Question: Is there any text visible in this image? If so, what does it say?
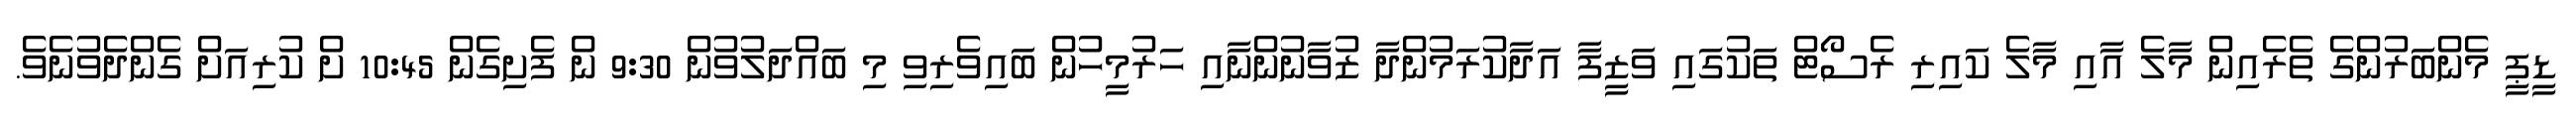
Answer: ޑީޕީ މެންބަރުންގެ ތެރެއިން މާލެ އާއި މާލެ ކައިރި ރެސޯޓް ތަކުގައި ވަޒީފާ އަދާކުރަމުންދާ ޒުވާނުންނާއި ހަރުމީހުން ބައިވެރިވި މި ބައްދަލުވުން 9:30 ން ފެށިގެން 10:45 ށް ކުރިއަށް ގެންދެވުނެވެ.